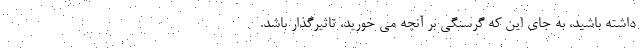
داشته باشید، به جای این که گرسنگی بر آنچه می خورید، تاثیرگذار باشد.